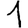
Digit: 1